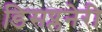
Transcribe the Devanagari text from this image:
डिसप्लनेरी